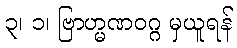
၃၊ ၁၊ ဗြာဟ္မဏဝဂ္ဂ မှယူရန်